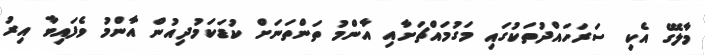
މާލޭގެ އެކި ސަރަހައްދުތަކުގައި މަގުމައްޗަށާއި އާންމު ތަންތަނަށް ކުޑަކަމުދިއުން އާންމު ވެފައިވާ އިރު